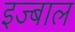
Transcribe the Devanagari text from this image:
इज्बाल